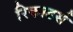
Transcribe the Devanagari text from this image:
रिकाडर्स